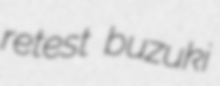
retest buzuki